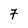
Character: 7